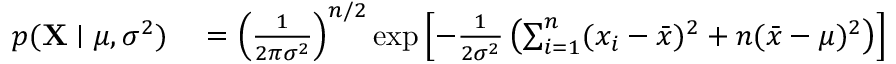
\begin{array} { r l } { p ( \mathbf { X } \mid \mu , \sigma ^ { 2 } ) } & { { } = \left( { \frac { 1 } { 2 \pi \sigma ^ { 2 } } } \right) ^ { n / 2 } \exp \left[ - { \frac { 1 } { 2 \sigma ^ { 2 } } } \left( \sum _ { i = 1 } ^ { n } ( x _ { i } - { \bar { x } } ) ^ { 2 } + n ( { \bar { x } } - \mu ) ^ { 2 } \right) \right] } \end{array}